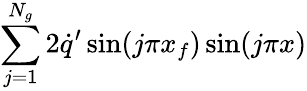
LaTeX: \sum_{j=1}^{N_{g}}2\dot{q}^{\prime}\sin(j\pi x_{f})\sin(j\pi x)